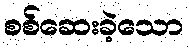
စစ်ဆေးခဲ့သော